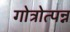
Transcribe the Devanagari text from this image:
गोत्रोत्पन्न